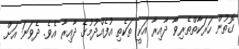
ގޮތުން ހަރަކާތްތެރިވާ ދާއިރާ އަކީ ތަކެތި އުފެއްދުމުގެ ދާއިރާ އެވެ. ދެވަނަ އަށް